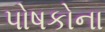
પોષકોના